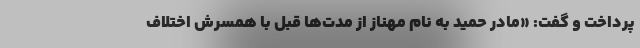
پرداخت و گفت: «مادر حمید به نام مهناز از مدت‌ها قبل با همسرش اختلاف